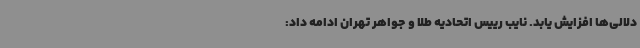
دلالی‌ها افزایش یابد. نایب رییس اتحادیه طلا و جواهر تهران ادامه داد: